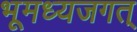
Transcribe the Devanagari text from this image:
भूमध्यजगत्‌